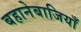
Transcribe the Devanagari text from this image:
बहानेबाजियाँ